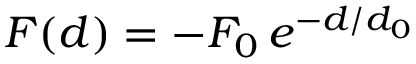
F ( d ) = - F _ { 0 } \, e ^ { - d / d _ { 0 } }